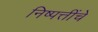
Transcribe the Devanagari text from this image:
निष्पत्तींचे